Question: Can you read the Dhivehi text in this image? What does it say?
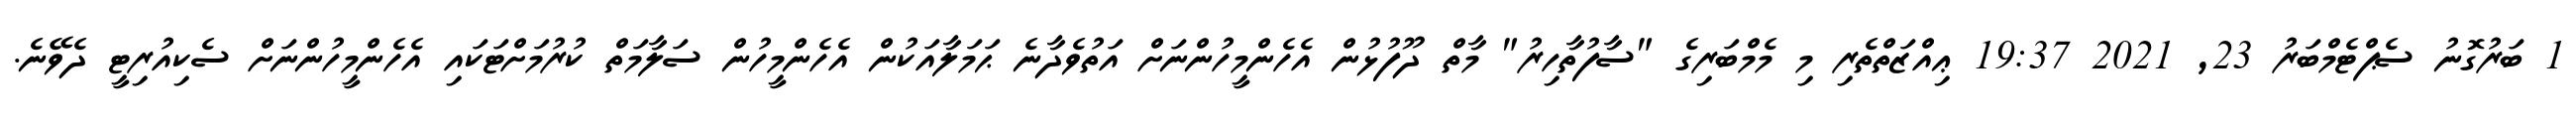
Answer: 1 ބަރުގޮނު ސެޕްޓެމްބަރު 23, 2021 19:37 ޢިއްޒަތްތެރި މި މެމްބަރިގެ "ސާފުތާހިރު" މާތް ދޫފުޅުން އެހެންމީހުންނަށް އަތުވެދާނެ ޙަމަލާއަކުން އެހެންމީހުން ސަލާމަތް ކުރުމަށްޓަކައި އެހެންމީހުންނަށް ސެކިއުރިޓީ ދެވޭނެ.